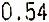
0.54